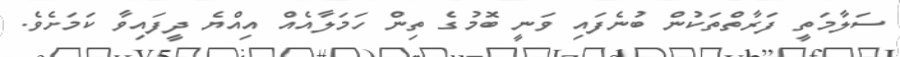
ސަލާމަތީ ފަރާތްތަކުން ބުނެފައި ވަނީ ބޮމުގެ ތިން ހަމަލާއެއް އިއްޔެ ދީފައިވާ ކަމަށެވެ.